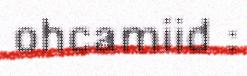
ohcamiid :